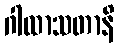
ဂါထာသတာနိ